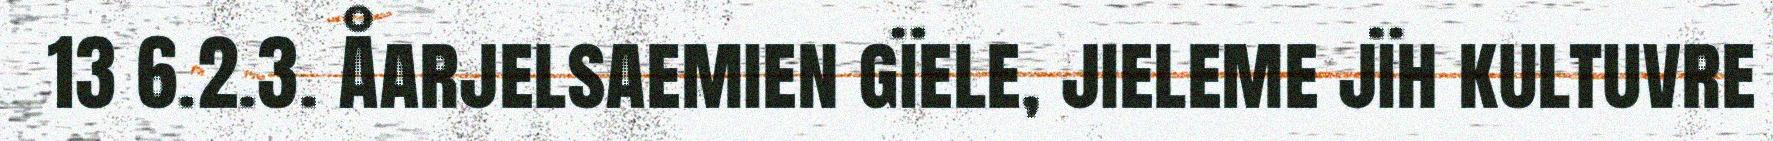
13 6.2.3. Åarjelsaemien gïele, jieleme jïh kultuvre